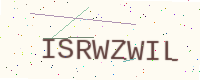
Text: ISRWZWIL